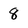
Character: 8